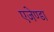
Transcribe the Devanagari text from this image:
एजेण्‍डा